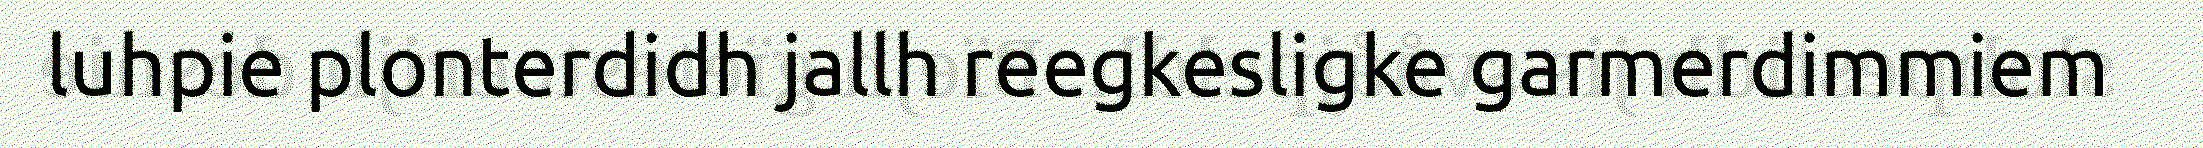
luhpie plonterdidh jallh reegkesligke garmerdimmiem